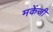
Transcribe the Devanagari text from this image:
मकेंजी